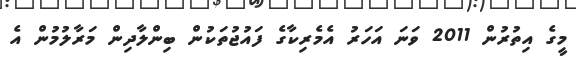
މީގެ އިތުރުން 2011 ވަނަ އަހަރު އެމެރިކާގެ ފައުޖުތަކުން ބިންލާދިން މަރާލުމުން އެ